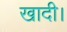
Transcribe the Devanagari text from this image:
खादी।